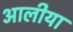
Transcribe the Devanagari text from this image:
आलीया